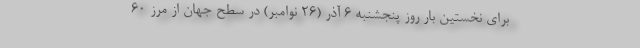
برای نخستین بار روز پنجشنبه ۶ آذر (۲۶ نوامبر) در سطح جهان از مرز ۶۰